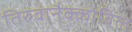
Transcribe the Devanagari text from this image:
तिरुवानैक्कोविल